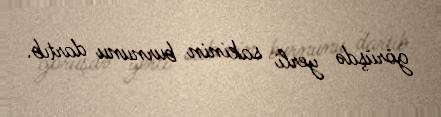
görüşdə yerli sakinin burnunu dartıb.